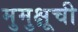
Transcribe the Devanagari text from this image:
मुमुक्षूची